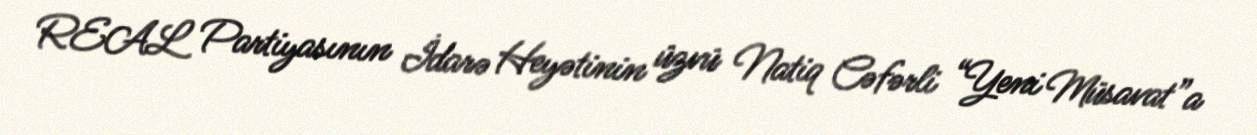
REAL Partiyasının İdarə Heyətinin üzvü Natiq Cəfərli “Yeni Müsavat”a